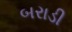
બરાડી